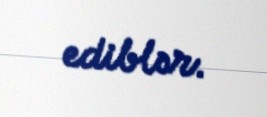
ediblər.